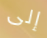
إلى